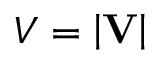
V = \left| \mathbf { V } \right|